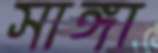
সাঙ্গা